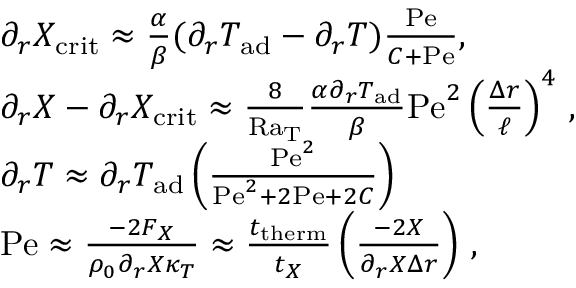
\begin{array} { r l } & { \partial _ { r } X _ { \mathrm { c r i t } } \approx { \frac { \alpha } { \beta } } ( \partial _ { r } T _ { \mathrm { a d } } - \partial _ { r } T ) { \frac { \mathrm { P e } } { C + \mathrm { P e } } } , } \\ & { \partial _ { r } X - \partial _ { r } X _ { \mathrm { c r i t } } \approx \frac { 8 } { \mathrm { R a _ { T } } } \frac { \alpha \partial _ { r } T _ { \mathrm { a d } } } { \beta } \mathrm { P e } ^ { 2 } \left( \frac { \Delta r } { \ell } \right) ^ { 4 } \, , } \\ & { \partial _ { r } T \approx \partial _ { r } T _ { \mathrm { a d } } \left( \frac { \mathrm { P e } ^ { 2 } } { \mathrm { P e } ^ { 2 } + 2 \mathrm { P e } + 2 C } \right) \, } \\ & { \mathrm { P e } \approx \frac { - 2 F _ { X } } { \rho _ { 0 } \partial _ { r } X \kappa _ { T } } \approx \frac { t _ { \mathrm { t h e r m } } } { t _ { X } } \left( \frac { - 2 X } { \partial _ { r } X \Delta r } \right) \, , } \end{array}